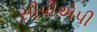
સીપીએપી